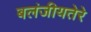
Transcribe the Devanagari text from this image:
बलंजीयतेरे